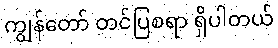
ကျွန်တော် တင်ပြစရာ ရှိပါတယ်